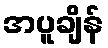
အပူချိန်